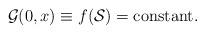
LaTeX: \begin{align*}{\cal G}(0,x) \equiv f({\cal S})=\mbox{constant}.\end{align*}